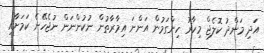
އަދި މަންދު ކޮލެޖް މިހާރު ހިންގަމުން އަންނަ އިމާރާތުން ނުކުންނަން ނުޖެހޭނެ ކަމަށާއި